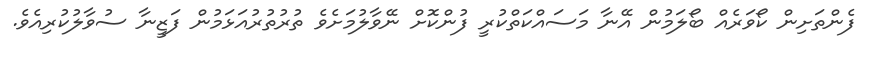
ފެންތަށިން ކޯވަރެއް ބޯލަމުން އޭނާ މަސައްކަތްކުރީ ފުންކޮށް ނޭވާލުމަށެވެ ތުރުތުރުއަޅަމުން ފަޒީނާ ސުވާލުކުރިއެވެ.